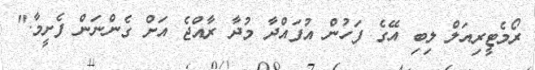
ރޯމެޓީރިއަލް ލިބި އޭގެ ފަހުން އުފައްދާ މުދާ ރާއްޖެ އަށް ގެންނަން ފެށީމާ."